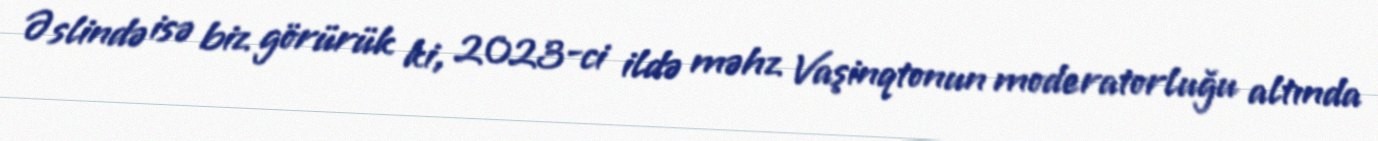
Əslində isə biz görürük ki, 2023-ci ildə məhz Vaşinqtonun moderatorluğu altında